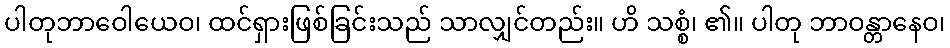
ပါတုဘာဝေါယေဝ၊ ထင်ရှားဖြစ်ခြင်းသည် သာလျှင်တည်း။ ဟိ သစ္စံ၊ ၏။ ပါတု ဘာဝန္တာနေဝ၊